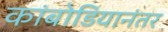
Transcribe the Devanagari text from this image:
कांबोडियानंतर